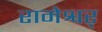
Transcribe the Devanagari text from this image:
रामेश्वर्